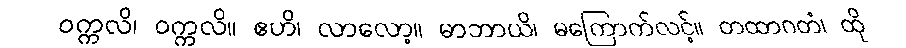
ဝက္ကလိ၊ ဝက္ကလိ။ ဧဟိ၊ လာလော့။ မာဘာယိ၊ မကြောက်လင့်။ တထာဂတံ၊ ထို